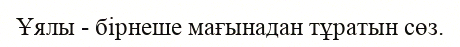
Ұялы - бірнеше мағынадан тұратын сөз.